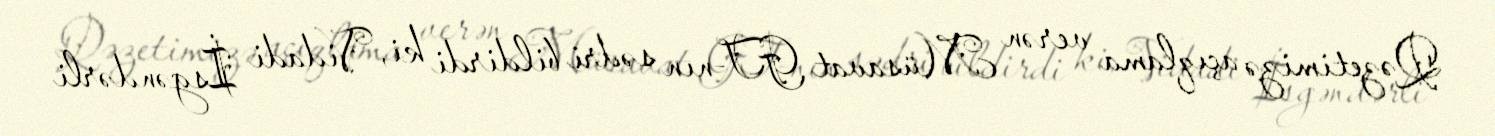
Qəzetimizə açıqlama verən Müsavat GT-nın sədri bildirdi ki, Vidadi İsgəndərli